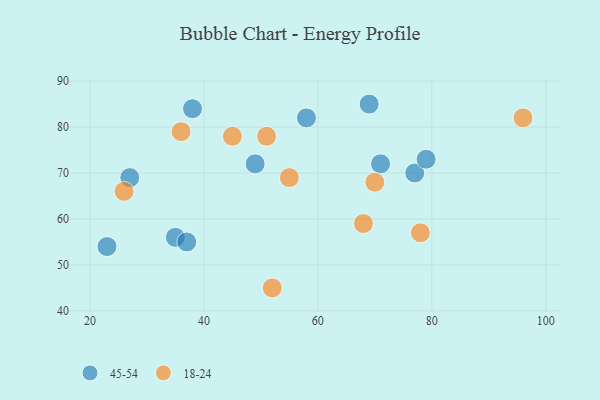
{"axis": {"x": "GDP", "y": "Life Expectancy"}, "legend": ["18-24", "45-54"], "data": [{"x": "27", "y": 69, "type": "45-54"}, {"x": "69", "y": 85, "type": "45-54"}, {"x": "35", "y": 56, "type": "45-54"}, {"x": "38", "y": 84, "type": "45-54"}, {"x": "58", "y": 82, "type": "45-54"}, {"x": "49", "y": 72, "type": "45-54"}, {"x": "77", "y": 70, "type": "45-54"}, {"x": "79", "y": 73, "type": "45-54"}, {"x": "71", "y": 72, "type": "45-54"}, {"x": "23", "y": 54, "type": "45-54"}, {"x": "37", "y": 55, "type": "45-54"}, {"x": "55", "y": 69, "type": "18-24"}, {"x": "45", "y": 78, "type": "18-24"}, {"x": "78", "y": 57, "type": "18-24"}, {"x": "96", "y": 82, "type": "18-24"}, {"x": "70", "y": 68, "type": "18-24"}, {"x": "26", "y": 66, "type": "18-24"}, {"x": "68", "y": 59, "type": "18-24"}, {"x": "52", "y": 45, "type": "18-24"}, {"x": "36", "y": 79, "type": "18-24"}, {"x": "51", "y": 78, "type": "18-24"}]}